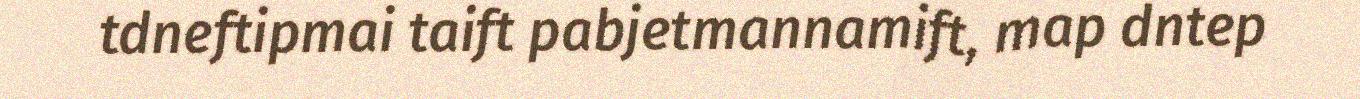
tdneftipmai taift pabjetmannamift, map dntep